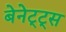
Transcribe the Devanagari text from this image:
बेनेट्ट्स